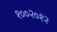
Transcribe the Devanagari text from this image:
१००२०१२